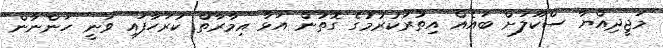
މަޖީދިއްޔާ ސްކޫލަށް ބައެއް އިތުރުކުރުމުގެ ގޮތުން އަޅާ އިމާރާތް ކުރަހާފައި ވަނީ ހަންނާން